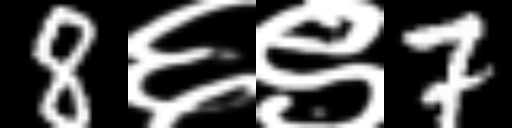
Text: 8६९7